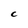
Character: C